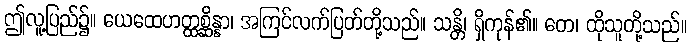
ဤလူ့ပြည်၌။ ယေထေဟတ္ထစ္ဆိန္နာ၊ အကြင်လက်ပြတ်တို့သည်။ သန္တိ၊ ရှိကုန်၏။ တေ၊ ထိုသူတို့သည်။